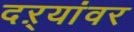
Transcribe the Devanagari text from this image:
दऱ्यांवर